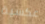
عكسية